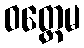
ဝတ္တေမ